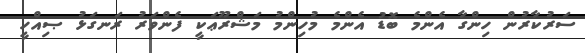
ސަރުކާރުން ހިންގާ އެންމެ ބޮޑު އެންމެ މުހިންމު މަޝްރޫޢަކީ ފެންވަރު ރަނގަޅު ޞިއްހީ